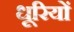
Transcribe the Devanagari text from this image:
धूरियों